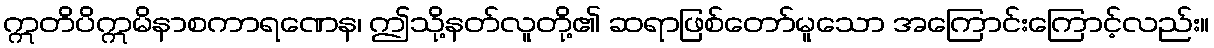
ဣတိပိဣမိနာစကာရဏေန၊ ဤသို့နတ်လူတို့၏ ဆရာဖြစ်တော်မူသော အကြောင်းကြောင့်လည်း။